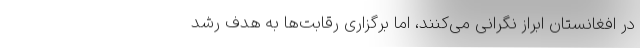
در افغانستان ابراز نگرانی می‌کنند، اما برگزاری رقابت‌ها به هدف رشد